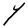
Character: Y